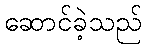
ဆောင်ခဲ့သည်